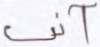
آني